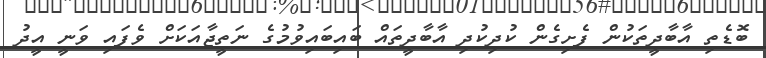
ބޮޑެތި އާބާދީތަކުން ފެށިގެން ކުދިކުދި އާބާދީތައް ބައިބައިވުމުގެ ނަތީޖާއަކަށް ވެފައި ވަނީ އީދު